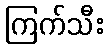
ကြက်သီး